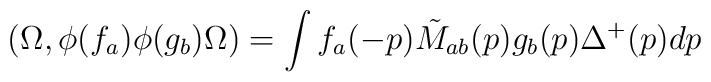
(\Omega,\phi(f_a)\phi(g_b)\Omega ) =\int f_a(-p)\tilde M_{ab}(p)g_b(p)\Delta^+(p)dp